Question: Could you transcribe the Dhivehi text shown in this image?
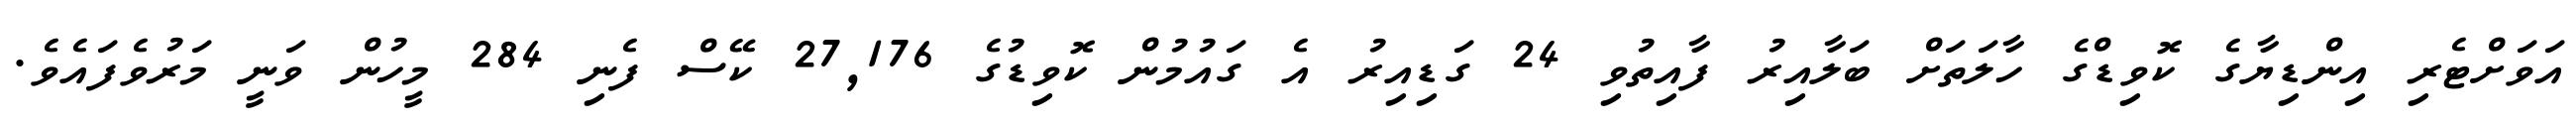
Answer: އަވަށްޓެރި އިންޑިޔާގެ ކޮވިޑްގެ ހާލަތަށް ބަލާއިރު ފާއިތުވި 24 ގަޑިއިރު އެ ގައުމުން ކޮވިޑުގެ 27,176 ކޭސް ފެނި 284 މީހުން ވަނީ މަރުވެފައެވެ.